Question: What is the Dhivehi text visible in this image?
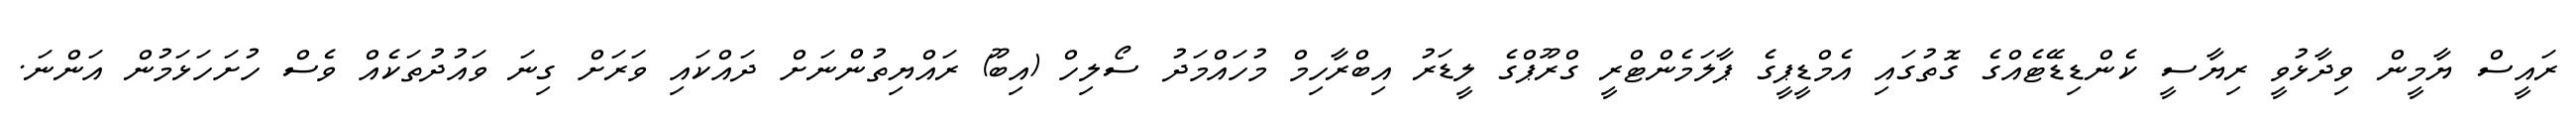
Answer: ރައީސް ޔާމީން ވިދާޅުވީ ރިޔާސީ ކެންޑިޑޭޓެއްގެ ގޮތުގައި އެމްޑީޕީގެ ޕާލަމެންޓްރީ ގްރޫޕްގެ ލީޑަރު އިބްރާހިމް މުހައްމަދު ސޯލިހް (އިބޫ) ރައްޔިތުންނަށް ދައްކައި ވަރަށް ގިނަ ވައުދުތަކެއް ވެސް ހުށަހަޅަމުން އަންނަ.